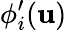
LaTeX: \phi_{i}^{\prime}(\mathbf{u})